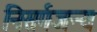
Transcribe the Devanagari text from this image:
निसर्गजन्य